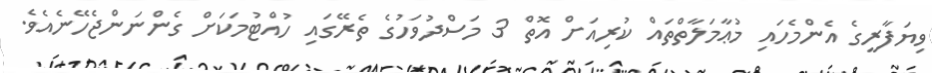
ވިޔަފާރީގެ އެންމެހައި މުޢާމަލާތްތައް ކުރިއަށް އޮތް 3 މަސްދުވަހުގެ ތެރޭގައި ހުއްޓުމަކަށް ގެންނަންޖެހޭނެއެވެ.